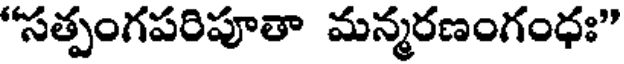
"సత్పంగపరిపూతా మన్మరణంగంధః"